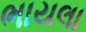
ભાયલા